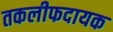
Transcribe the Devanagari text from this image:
तकलीफदायक